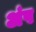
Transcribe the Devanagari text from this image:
अंष